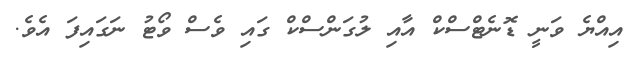
އިއްޔެ ވަނީ ޑޮނެޓްސްކް އާއި ލުގަންސްކް ގައި ވެސް ވޯޓު ނަގައިިފަ އެވެ.